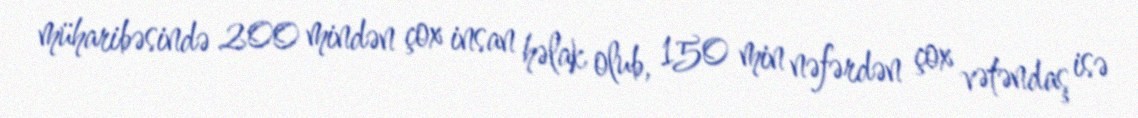
müharibəsində 200 mindən çox insan həlak olub, 150 min nəfərdən çox vətəndaş isə